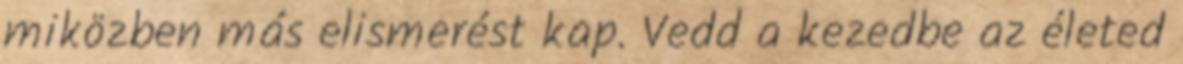
miközben más elismerést kap. Vedd a kezedbe az életed